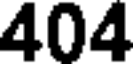
404